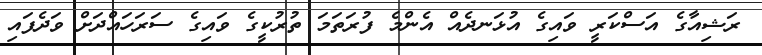
ރަޝިއާގެ އަސްކަރީ ވައިގެ އުޅަނދެއް އެންމެ ފުރަތަމަ ތުރުކީގެ ވައިގެ ސަރަހައްދަށް ވަދެފައި